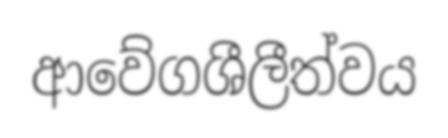
ආවේගශීලීත්වය